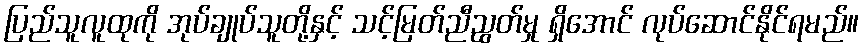
ပြည်သူလူထုကို အုပ်ချုပ်သူတို့နှင့် သင့်မြတ်ညီညွတ်မှု ရှိအောင် လုပ်ဆောင်နိုင်ရမည်။